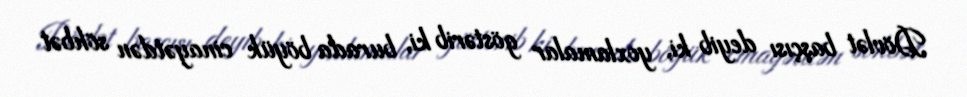
Dövlət başçısı deyib ki, yoxlamalar göstərib ki, burada böyük cinayətdən söhbət